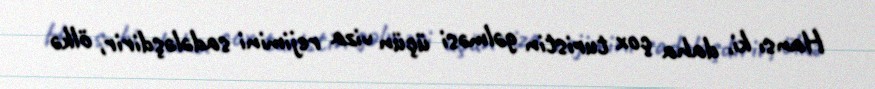
Hansı ki, daha çox turistin gəlməsi üçün viza rejimini sadələşdirir, ölkə